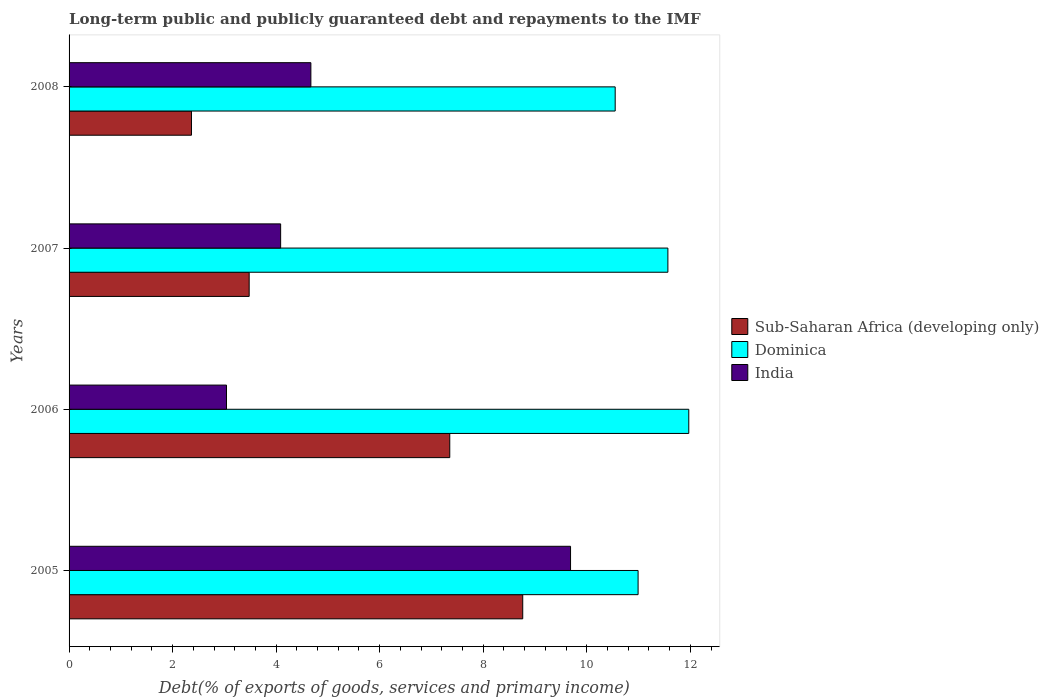
| Years | Sub-Saharan Africa (developing only) | Dominica | India |
 | --- | --- | --- | --- |
 | 2005 | 8.76 | 11 | 9.69 |
 | 2006 | 7.35 | 12 | 3.04 |
 | 2007 | 3.48 | 11.6 | 4.09 |
 | 2008 | 2.36 | 10.5 | 4.67 |